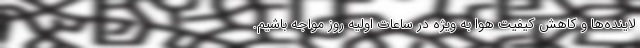
لاینده‌ها و کاهش کیفیت هوا به ویژه در ساعات اولیه روز مواجه باشیم.